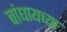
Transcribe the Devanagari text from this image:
बांधायच्या